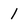
Character: 1